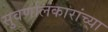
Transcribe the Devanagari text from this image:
सुवर्णालंकारांच्या